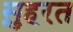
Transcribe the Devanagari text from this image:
स़ुहरत